Vaccination in Bombay 1902-1912 - 1902-1912
Year: 1902
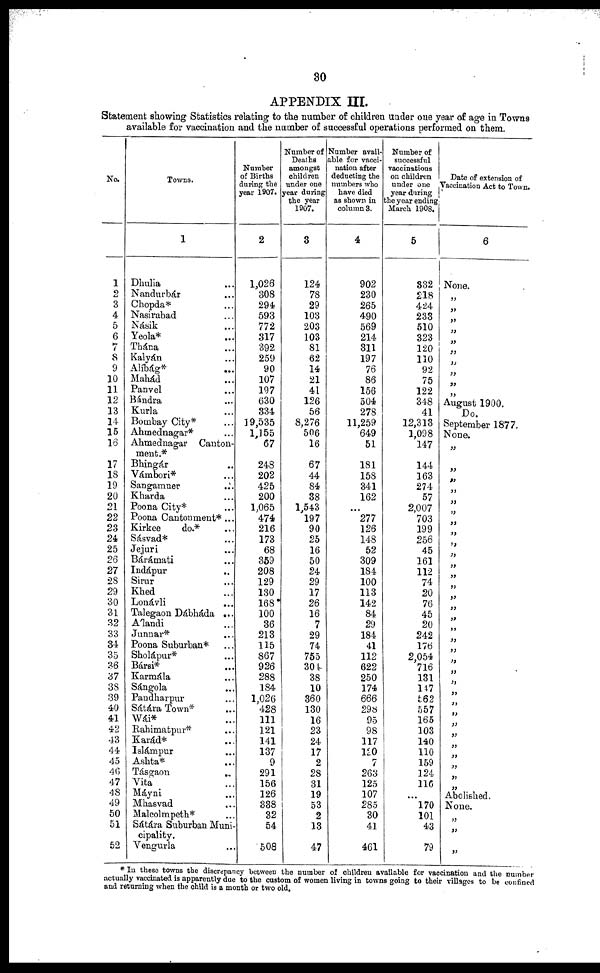
30
APPENDIX III.
Statement showing Statistics relating to the number of children under one year of age in Towns
available for vaccination and the number of successful operations performed on them.
No.
1
2
3
4
5
6
7
8
9
10
11
12
13
14
15
16
17
18
19
20
21
22
23
24
25
26
27
28
29
30
31
32
33
34
35
36
37
38
39
40
41
42
43
44
45
40
47
48
49
50
51
52
Towns.
1
Dhulia ...
Nandurbár ...
Chopda* ...
Nasirabad ...
Násik ...
Yeola* ...
Thána ...
Kalyán ...
Alíbág* ...
Mahád ...
Panvel ...
Bándra ...
Kurla ...
Bombay City* ...
Ahmednagar* ...
Ahmednagar Canton-
ment.*
Bhingár ...
Vámbori* ...
Sangamner
...
Kharda ...
Poona City* ...
Poona Cantonment* ...
Kirkee
do.* ...
Sásvad* ...
Jejuri ...
Bárámati ...
Indápur ...
Sirur ...
Khed ...
Lonávli ...
Talegaon Dábháda ...
Álandi ...
Junnar* ...
Poona Suburban* ...
Sholápur* ...
Bársi* ...
Karmála ...
Sángola ...
Pandharpur ...
Sátára Town* ...
Wái* ...
Rahimatpur* ...
Karád* ...
Islámpur ...
Ashta* ...
Tásgaon
...
Vita ...
Máyni ...
Mhasvad ...
Malcolmpeth* ...
Sátára Suburban Muni-
cipality.
Vengurla ...
Number
of Births
during the
year 1907.
2
1,026
308
294
593
772
317
392
259
90
107
197
630
334
19,535
1,155
67
248
202
425
200
1,065
474
216
173
68
359
208
129
130
168
100
36
213
115
867
926
288
184
1,026
428
111
121
141
137
9
291
156
126
338
32
54
508
Number of
Deaths
amongst
children
under one
year during
the year
1907.
3
124
78
29
103
203
103
81
62
14
21
41
126
56
8,276
506
16
67
44
84
38
1,543
197
90
25
16
50
24
29
17
26
16
7
29
74
755
304
38
10
360
130
16
23
24
17
2
28
31
19
53
2
13
47
Number avail-
able for vacci-
nation after
deducting the
numbers who
have died
as shown in
column 3.
4
902
230
265
490
569
214
311
197
76
86
156
504
278
11,259
649
51
181
158
341
162
...
277
126
148
52
309
184
100
113
142
84
29
184
41
112
622
250
174
666
298
95
98
117
120
7
263
125
107
285
30
41
461
Number of
successful
vaccinations
on children
under one
year during
the year ending
March 1908.
5
332
218
424
233
510
323
120
110
92
75
122
348
41
12,313
1,098
147
144
163
274
57
2,007
703
199
256
45
161
112
74
20
76
45
20
242
176
2,054
716
131
147
562
557
165
103
140
110
159
124
116
...
170
101
43
79
Date of extension of
Vaccination Act to Town.
6
None.
„
„
„
„
„
„
„
„
„
„
August 1900.
Do.
September 1877.
None.
„
„
„
„
„
„
„
„
„
„
„
„
„
„
„
„
„
„
„
„
„
„
„
„
„
„
„
„
„
„
„
„
Abolished.
None.
„
„
„
* In these towns the discrepancy between the number of children available for vaccination and the number
actually vaccinated is apparently due to the custom of women living in towns going to their villages to be confined
and returning when the child is a month or two old.